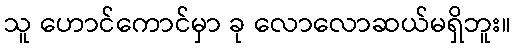
သူ ဟောင်ကောင်မှာ ခု လောလောဆယ်မရှိဘူး။